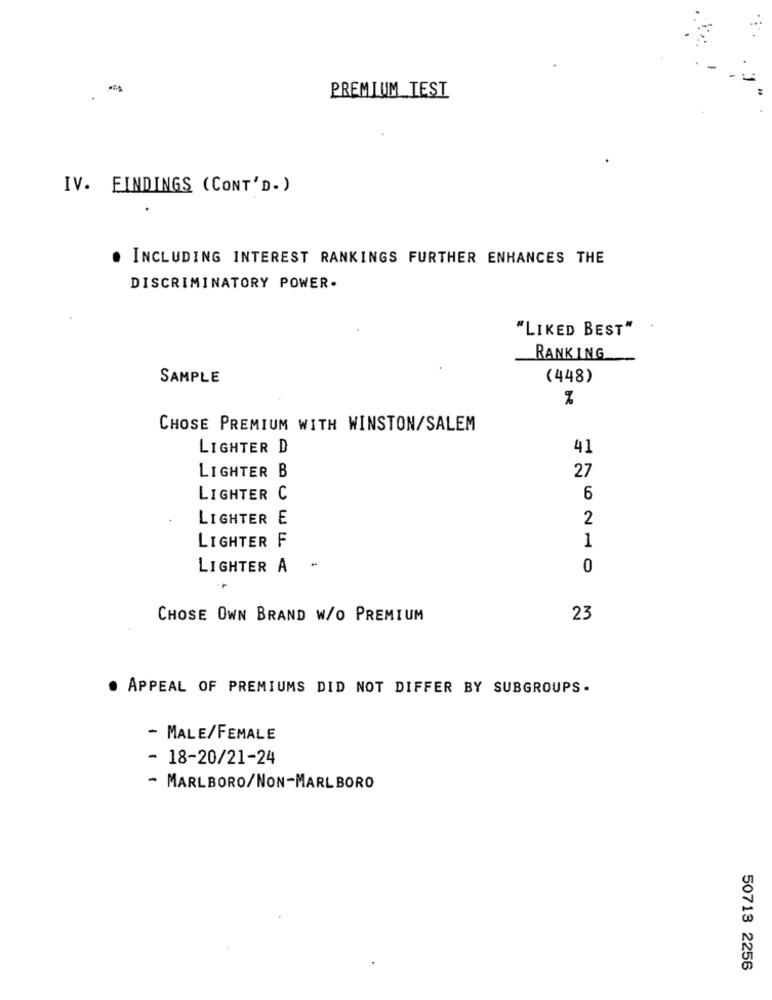
PREMIUM_TEST
IV. FINDINGS (CONT'D. )
INCLUDING INTEREST RANKINGS FURTHER ENHANCES THE
DISCRIMINATORY POWER.
"LIKED BEST"
RANKING
SAMPLE
(448)
%
CHOSE PREMIUM WITH WINSTON/SALEM
LIGHTER D
41
27
LIGHTER B
LIGHTER C
6
LIGHTER E
2
1
LIGHTER F
LIGHTER A
0
CHOSE OWN BRAND W/O PREMIUM
23
. APPEAL OF PREMIUMS DID NOT DIFFER BY SUBGROUPS.
- MALE/FEMALE
- 18-20/21-24
- MARLBORO/NON-MARLBORO
50713 2256